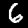
Label: 6